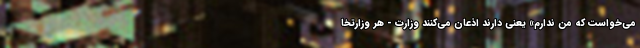
می‌خواست که من ندارم» یعنی دارند اذعان می‌کنند وزارت - هر وزارتخا